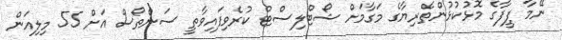
ނޭމާ ފީފާގެ މޮޅުކުޅުންތެރިޔާގެ މަގާމަށް ޝޯޓްލިސްޓް ކުރެވިފައިވާތީ ސަންތޯސް އަށް 55 މިލިއަން